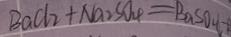
B a C l _ { 2 } + N a _ { 2 } S O _ { 4 } = B a S O _ { 4 }